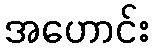
အဟောင်း